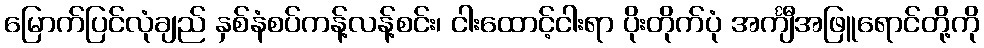
မြောက်ပြင်လုံချည် နှစ်နံစပ်ကန့်လန့်စင်း၊ ငါးထောင့်ငါးရာ ပိုးတိုက်ပုံ အင်္ကျီအဖြူရောင်တို့ကို